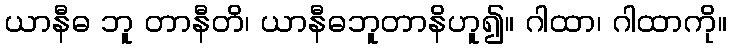
ယာနီဓ ဘူ တာနီတိ၊ ယာနီဓဘူတာနိဟူ၍။ ဂါထာ၊ ဂါထာကို။